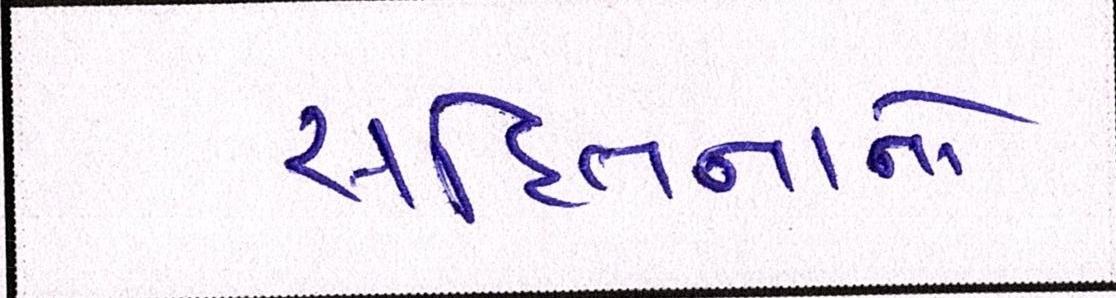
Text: સહિતનાનો